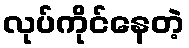
လုပ်ကိုင်နေတဲ့